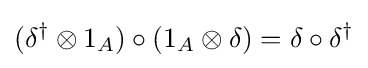
(\delta ^{\dagger }\otimes 1_{A})\circ (1_{A}\otimes \delta )=\delta \circ \delta ^{\dagger }